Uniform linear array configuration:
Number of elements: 16
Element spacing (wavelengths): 1
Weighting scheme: binomial
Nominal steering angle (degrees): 60
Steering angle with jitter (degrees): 61.689
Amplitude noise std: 0.05
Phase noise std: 0.05

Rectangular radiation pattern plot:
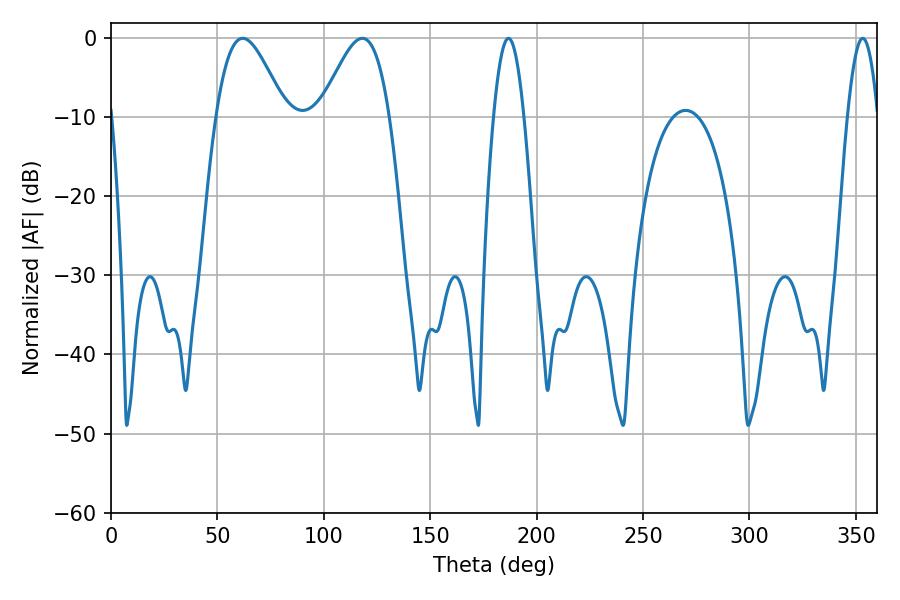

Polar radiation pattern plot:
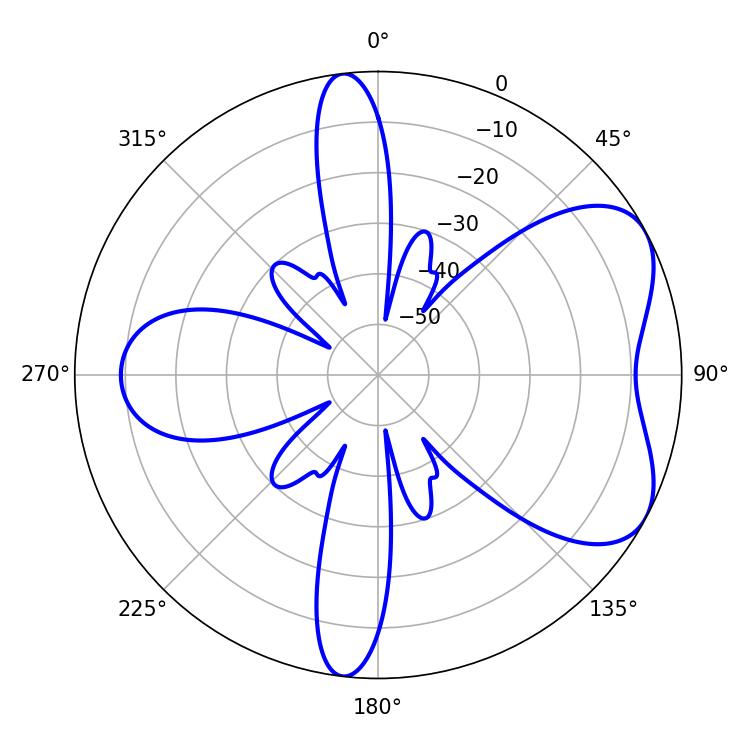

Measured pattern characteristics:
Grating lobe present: TRUE
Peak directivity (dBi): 5.695
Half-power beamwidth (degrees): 17.28
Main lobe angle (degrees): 61.92